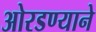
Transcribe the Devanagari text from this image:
ओरडण्याने